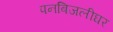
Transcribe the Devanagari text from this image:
पनबिजलीघर